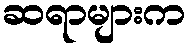
ဆရာများက